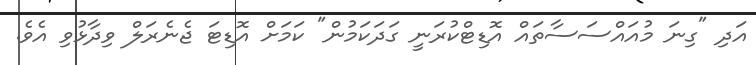
އަދި "ގިނަ މުއައްސަސާތައް އޮޑިޓްކުރަނީ ގަދަކަމުން" ކަމަށް އޮޑިޓަ ޖެނެރަލް ވިދާޅުވި އެވެ.